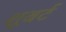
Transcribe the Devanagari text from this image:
शूबर्ट